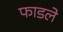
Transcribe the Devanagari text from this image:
फाडले